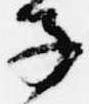
子